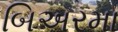
બિઅરમા